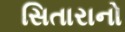
સિતારાનો